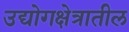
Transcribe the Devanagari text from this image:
उद्योगक्षेत्रातील